Indian journal of veterinary science and animal husbandry - Volumes 15-17, 1948-1951
Year: 1948
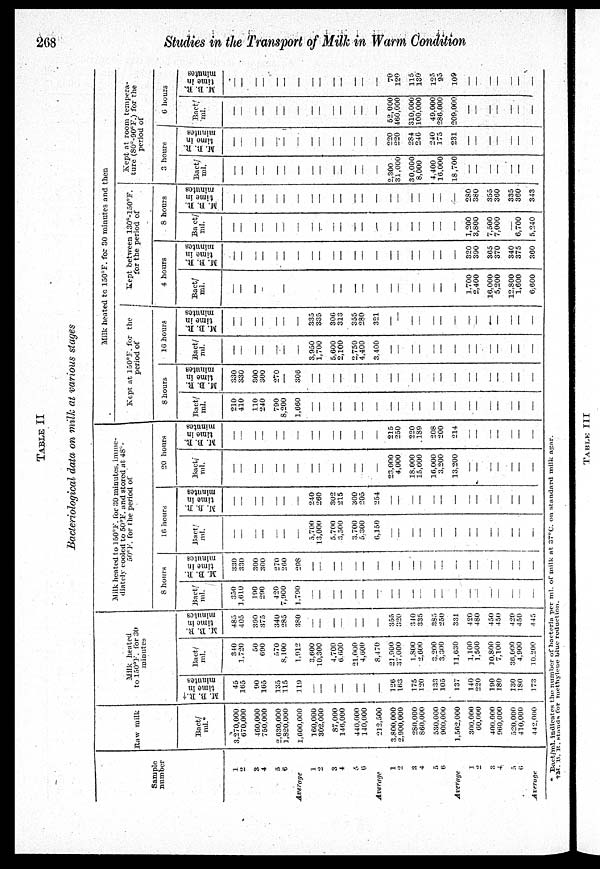
268
Studies in the Transport of Milk in Warm Condition
TABLE II
Bacteriological data on milk at various stages
Sample
number
1
2
3
4
5
6
Average
1
2
3
4
6
6
Average
1
2
3
4
5
6
Average
1
2
3
4
5
6
Average
Raw milk
Bact/
ml.*
3,270,000
670,000
460,000
750,000
2,630,000
1,820,000
1,600,000
160,000
302,000
87,000
146,000
440.000
140,000
212,500
3,800,000
2,900,000
280,000
860,000
530.000
900,000
1,562,000
300,000
60,000
400,000
960,000
520,000
410,000
442,000
Milk heated
to 150ºF, for 30
minutes.
M. B. R. †
time in
minutes
45
165
90
165
135
115
119
—
—
—
—
—
—
—
126
163
175
120
133
105
137
140
220
190
180
130
180
173
Bact/
ml.
340
1,720
50
690
570
8,100
1,912
3,600
10,300
4,700
6,600
21,000
4,600
8,470
21,900
37,000
1,800
2,600
3,200
3,300
11,630
1,100
1,500
10,800
7,100
36,000
4,900
10.200
M. B. R.
time in
minutes
485
405
390
375
340
285
380
—
—
—
—
—
—
—
355
320
340
335
385
250
331
420
480
450
450
420
450
445
Milk heated to 150ºF, for 30 minutes, imme-
diately cooled to 50°F. and stored at 48º-
50°F for the period of
8 hours
Bact/
ml.
350
1,610
190
290
420
7,900
1.790
—
—
—
—
—
—
—
—
—
—
—
—
—
—
—
—
—
—
—
—
—
M. B. R.
time in
minutes
330
330
300
300
270
260
298
—
—
—
—
—
—
—
—
—
—
—
—
—
—
—
—
—
—
—
—
—
16 hours
Bact/
ml.
—
—
—
—
—
—
—
5,700
13,000
5,700
3,500
3,700
5,300
6,150
—
—
—
—
—
—
—
—
—
—
—
—
—
—
M. B. R.
time in
minutes
—
—
—
—
—
—
—
240
260
302
215
300
205
254
—
—
—
—
—
—
—
—
—
—
—
—
—
—
20 hours
Bact/
ml.
—
—
—
—
—
—
—
—
—
—
—
—
—
—
23,000
4,000
18,000
15,000
16,000
3,200
13,200
—
—
—
—
—
—
—
M. B. R.
time in
minutes
—
—
—
—
—
—
—
—
—
—
—
—
—
—
215
250
220
189
208
200
214
—
—
—
—
—
—
—
Milk heated to 150ºF. for 30 minutes and then
Kept at 150°F. for the
period of
8 hours
Bact/
ml.
210
410
110
240
790
8,200
1,660
—
—
—
—
—
—
—
—
—
—
—
—
—
—
—
—
—
—
—
—
—
M. B. R.
time in
minutes
330
330
300
300
270
—
306
—
—
—
—
—
—
——
—
—
—
—
—
—
—
—
—
——
—
—
—
—
16 hours
Bact/
ml.
—
—
—
—
—
—
—
3,950
1,700
5,600
2,100
2,750
4,400
3,400
—
—
—
—
—
—
—
—
—
—
—
—
—
—
M. B. R.
time in
minutes
—
—
—
—
—
—
—
335
335
306
313
355
280
321
—
—
—
—
—
—
—
—
—
—
—
—
—
—
Kept between 130º -150º F.
for the period of
4 hours
Bact/
ml.
—
—
—
—
—
—
—
—
—
—
—
—
—
—
—
—
—
—
—
—
—
1.700
2,400
16,000
5,200
12,800
1,600
6,600
M. B. R.
time in
minutes
—
—
—
—
—
—
—
—
—
—
—
—
—
—
—
—
—
—
—
—
—
320
390
365
370
340
375
360
8 hours
Bact/
ml.
—
—
—
—
—
—
—
—
—
—
—
—
—
—
—
—
—
—
—
—
—
1,200
3,800
7,500
7,000
—
6,700
5,240
M. B. R.
time in
minutes
—
—
—
—
—
—
—
—
—
—
—
—
—
—
—
—
—
—
—
—
—
280
380
355
360
335
360
343
Kept at room tempera-
ture(80º-90º F.) for the
period of
3 hours
Bact/
ml.
—
—
—
—
—
—
—
—
—
—
—
—
—
—
2.300
31,000
30,000
8,000
4,400
16,000
18,700
—
—
—
—
—
—
—
M. B. R.
time in
minutes
—
—
—
——
—
—
—
—
—
—
—
—
—
—
220
220
284
246
240
175
231
—
—
—
—
—
—
—
6 hours
Bact/
ml.
—
—
—
—
—
—
—
—
—
—
—
—
—
—
52,000
460,000
310.000
100,000
49,000
286,000
209,000
—
—
—
—
—
—
—
M.B.R.
time in
minutes
—
—
—
—
—
—
—
—
—
—
—
—
—
—
70
120
115
130
125
95
109
—
—
—
—
—
—
—
* Bact/ml. indicates the number of bacteria per ml. or milk at 37°C. on standard milk agar.
†M. B. R. stands for metnylene blue reduction.